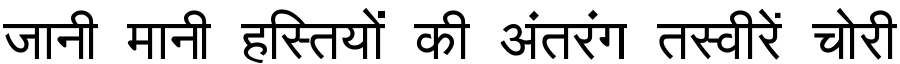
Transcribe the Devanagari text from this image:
जानी मानी हस्तियों की अंतरंग तस्वीरें चोरी